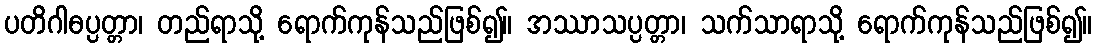
ပတိဂါဓပ္ပတ္တာ၊ တည်ရာသို့ ရောက်ကုန်သည်ဖြစ်၍။ အဿာသပ္ပတ္တာ၊ သက်သာရာသို့ ရောက်ကုန်သည်ဖြစ်၍။